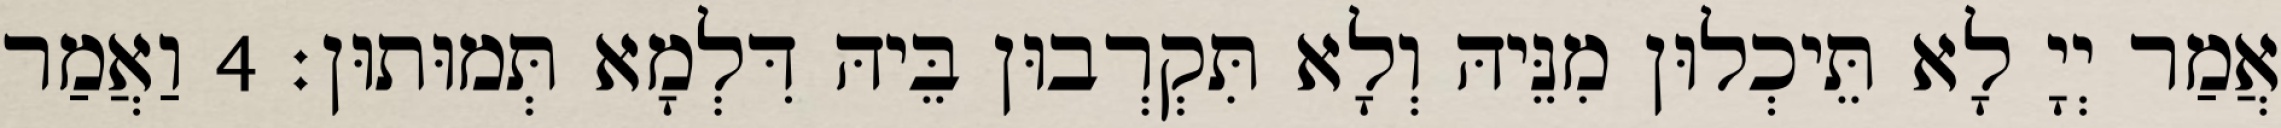
אֲמַר יְיָ לָא תֵּיכְלוּן מִנֵּיהּ וְלָא תִּקְרְבוּן בֵּיהּ דִּלְמָא תְּמוּתוּן׃ 4 וַאֲמַר